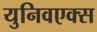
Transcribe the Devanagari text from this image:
युनिवएक्स